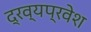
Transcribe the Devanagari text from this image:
द्रव्यप्रवेश